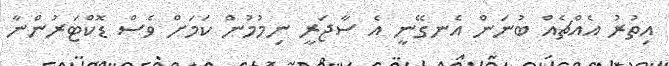
އިތުރު އެއްޗެއް ބުނަން އެނގޭނީ އެ ސާޖަރީ ނިމުމުން ކަމަށް ވެސް ޑޮކްޓަރުންނާ